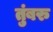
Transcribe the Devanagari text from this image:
तुंबरु